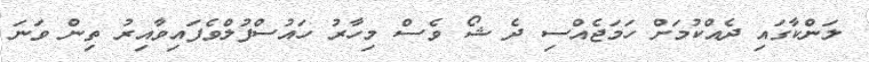
ލަންކާގައި ދެއްކުމަށް ހަމަޖެއްސި ދެ ޝޯ ވެސް މިހާރު ހައުސްފުލްވެފައިވާއިރު ތިން ވަނަ